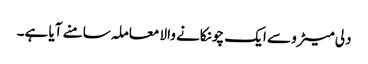
دلی میٹرو سے ایک چونکانے والا معاملہ سامنے آیا ہے۔